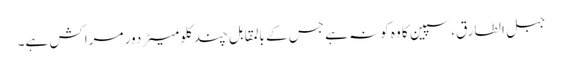
جبل الطارق، سپین کا وہ کونہ ہے جس کے بالمقابل چند کلومیٹر دور مراکش ہے۔